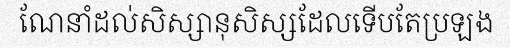
ណែនាំដល់សិស្សានុសិស្សដែលទើបតែប្រឡង